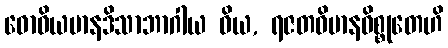
ဓောဝိယမာနဒိသာဘာဂါယ ဝိယ, ရဇတဝိမာနဝိစ္စုတေဟိ